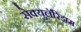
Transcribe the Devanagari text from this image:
सेक्युलॅरिझम